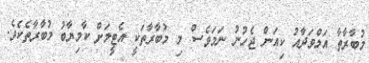
މުބާރާތާ އަލްވަދާއު ކިއަން ޖެހުނު ނަމަވެސް މި މުބާރާތަކީ އެޓީމަށް ކާމިޔާބު މުބާރާތެކެވެ.